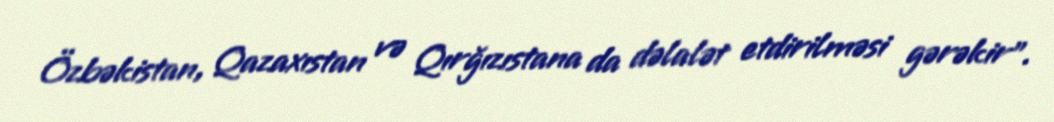
Özbəkistan, Qazaxıstan və Qırğızıstana da dəlalət etdirilməsi gərəkir”.